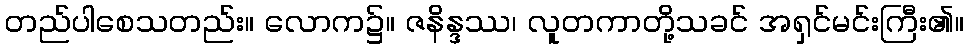
တည်ပါစေသတည်း။ လောက၌။ ဇနိန္ဒဿ၊ လူတကာတို့သခင် အရှင်မင်းကြီး၏။